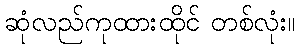
ဆုံလည်ကုထားထိုင် တစ်လုံး။